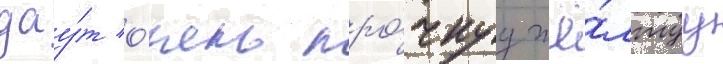
дау́т о́чень про́чнуу жё́лтуу